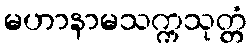
မဟာနာမသက္ကသုတ္တံ